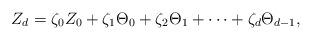
LaTeX: \begin{align*}Z_d = \zeta_0 Z_0&+ \zeta_1 \Theta_0+\zeta_2\Theta_1+\dots + \zeta_d\Theta_{d-1},\end{align*}